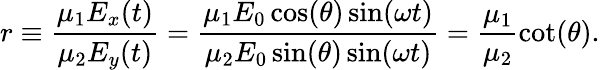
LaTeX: r\equiv\frac{\mu_{1}E_{x}(t)}{\mu_{2}E_{y}(t)}=\frac{\mu_{1}E_{0}\cos(\theta)\sin(\omega t)}{\mu_{2}E_{0}\sin(\theta)\sin(\omega t)}=\frac{\mu_{1}}{\mu_{2}}\cot(\theta).